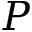
P